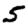
Digit: 5